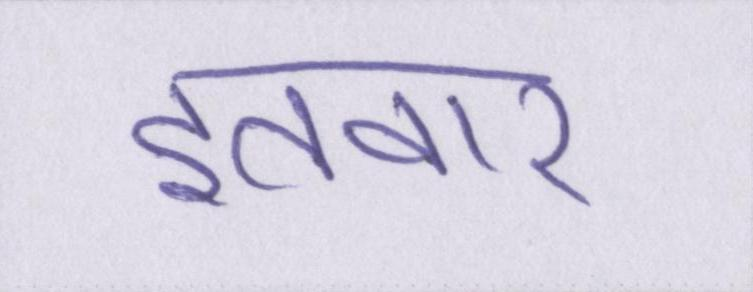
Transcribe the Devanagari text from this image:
इतवार